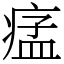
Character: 𤷪